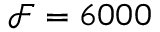
\mathcal { F } = 6 0 0 0